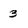
Character: 3